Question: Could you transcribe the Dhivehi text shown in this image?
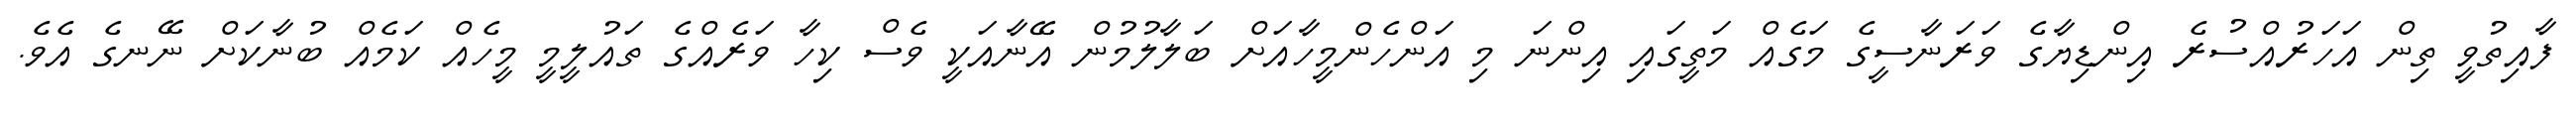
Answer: ފާއިތުވީ ތިން އަހަރުއްސުރެ އިންޑިޔާގެ ވަރަނާސީގެ މަގެއް މަތީގައި އިންނަ މި އަންހެންމީހާއަށް ބަލާލުމުން އޭނާއަކީ ވެސް ކިހާ ވަރެއްގެ ތައުލީމީ މީހެއް ކަމެއް ބުނާކަށް ނޭނގެ އެވެ.